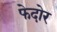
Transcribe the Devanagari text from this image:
फेदोर